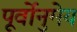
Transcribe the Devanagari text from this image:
पूर्वोनुमेय